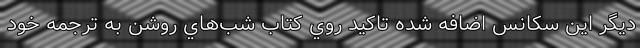
ديگر اين سكانس اضافه شده تاكيد روي كتاب‌ شب‌هاي روشن به ترجمه خود